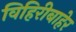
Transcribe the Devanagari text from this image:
विहिरीबाहेर